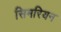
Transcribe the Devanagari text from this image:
सिमरियन